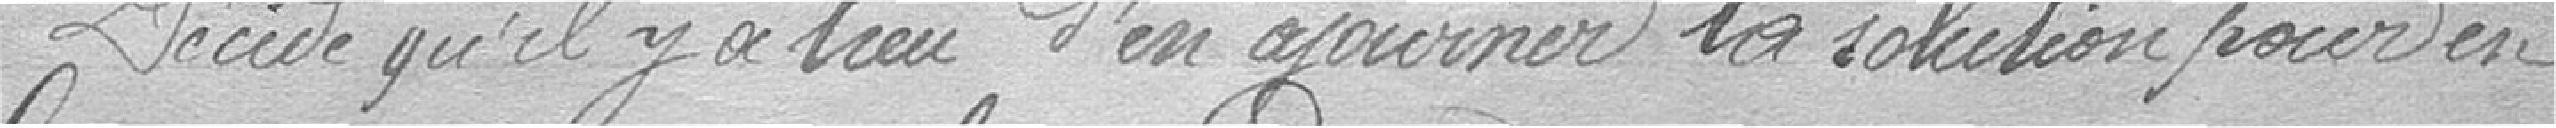
Décide qu'il y a lieu d'en ajourner la solution pour en